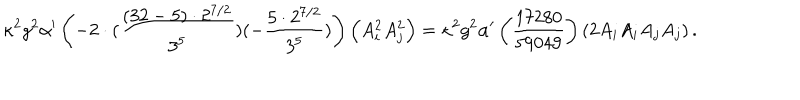
LaTeX: \kappa ^ { 2 } g ^ { 2 } \alpha ^ { \prime } \left( - 2 \cdot ( \frac { ( 3 2 - 5 ) \cdot 2 ^ { 7 / 2 } } { 3 ^ { 5 } } ) ( - \frac { 5 \cdot 2 ^ { 7 / 2 } } { 3 ^ { 5 } } ) \right) \left( A _ { i } ^ { 2 } A _ { j } ^ { 2 } \right) = \kappa ^ { 2 } g ^ { 2 } \alpha ^ { \prime } \left( \frac { 1 7 2 8 0 } { 5 9 0 4 9 } \right) \left( 2 A _ { i } A _ { i } A _ { j } A _ { j } \right) .